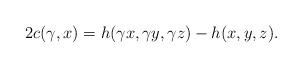
LaTeX: \begin{align*} 2c(\gamma, x)=h(\gamma x,\gamma y,\gamma z)-h(x,y,z). \end{align*}